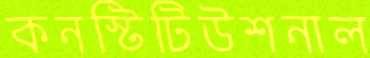
কনস্টিটিউশনাল